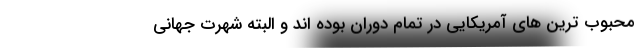
محبوب ترین های آمریکایی در تمام دوران بوده اند و البته شهرت جهانی